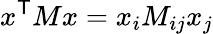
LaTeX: x^{\textsf{T}}Mx=x_{i}M_{ij}x_{j}